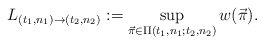
\begin{align*} L_{(t_1,n_1)\to(t_2,n_2)}:=\sup_{\vec{\pi}\in\Pi(t_1,n_1;t_2,n_2)}w(\vec{\pi}).\end{align*}